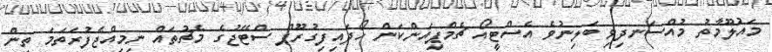
މައުލޫމާތު މުއްސަނދިވި ބަލިނުވެ އެސްޓީއޯ ޗެމްޕިއަންކަން ހޯދައިފިގުރޫޕް ސްޓޭޖުގެ މެޗުތައް ނިމިއްޖެފުރަތަމަ ތިން